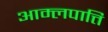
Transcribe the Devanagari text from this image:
आम्लपात्ति